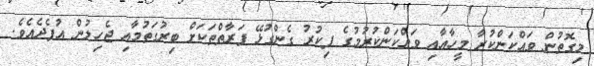
މިގޮތުން ވައްކަންކުރާ މީހާއާއި ވައްކަންކުރުމުގެ ފިކުރު ގެންގުޅޭ ފަރާތްތަކަށް ބިރުގަތުމާއި ޖެހިލުން އުފެދެއެވެ.